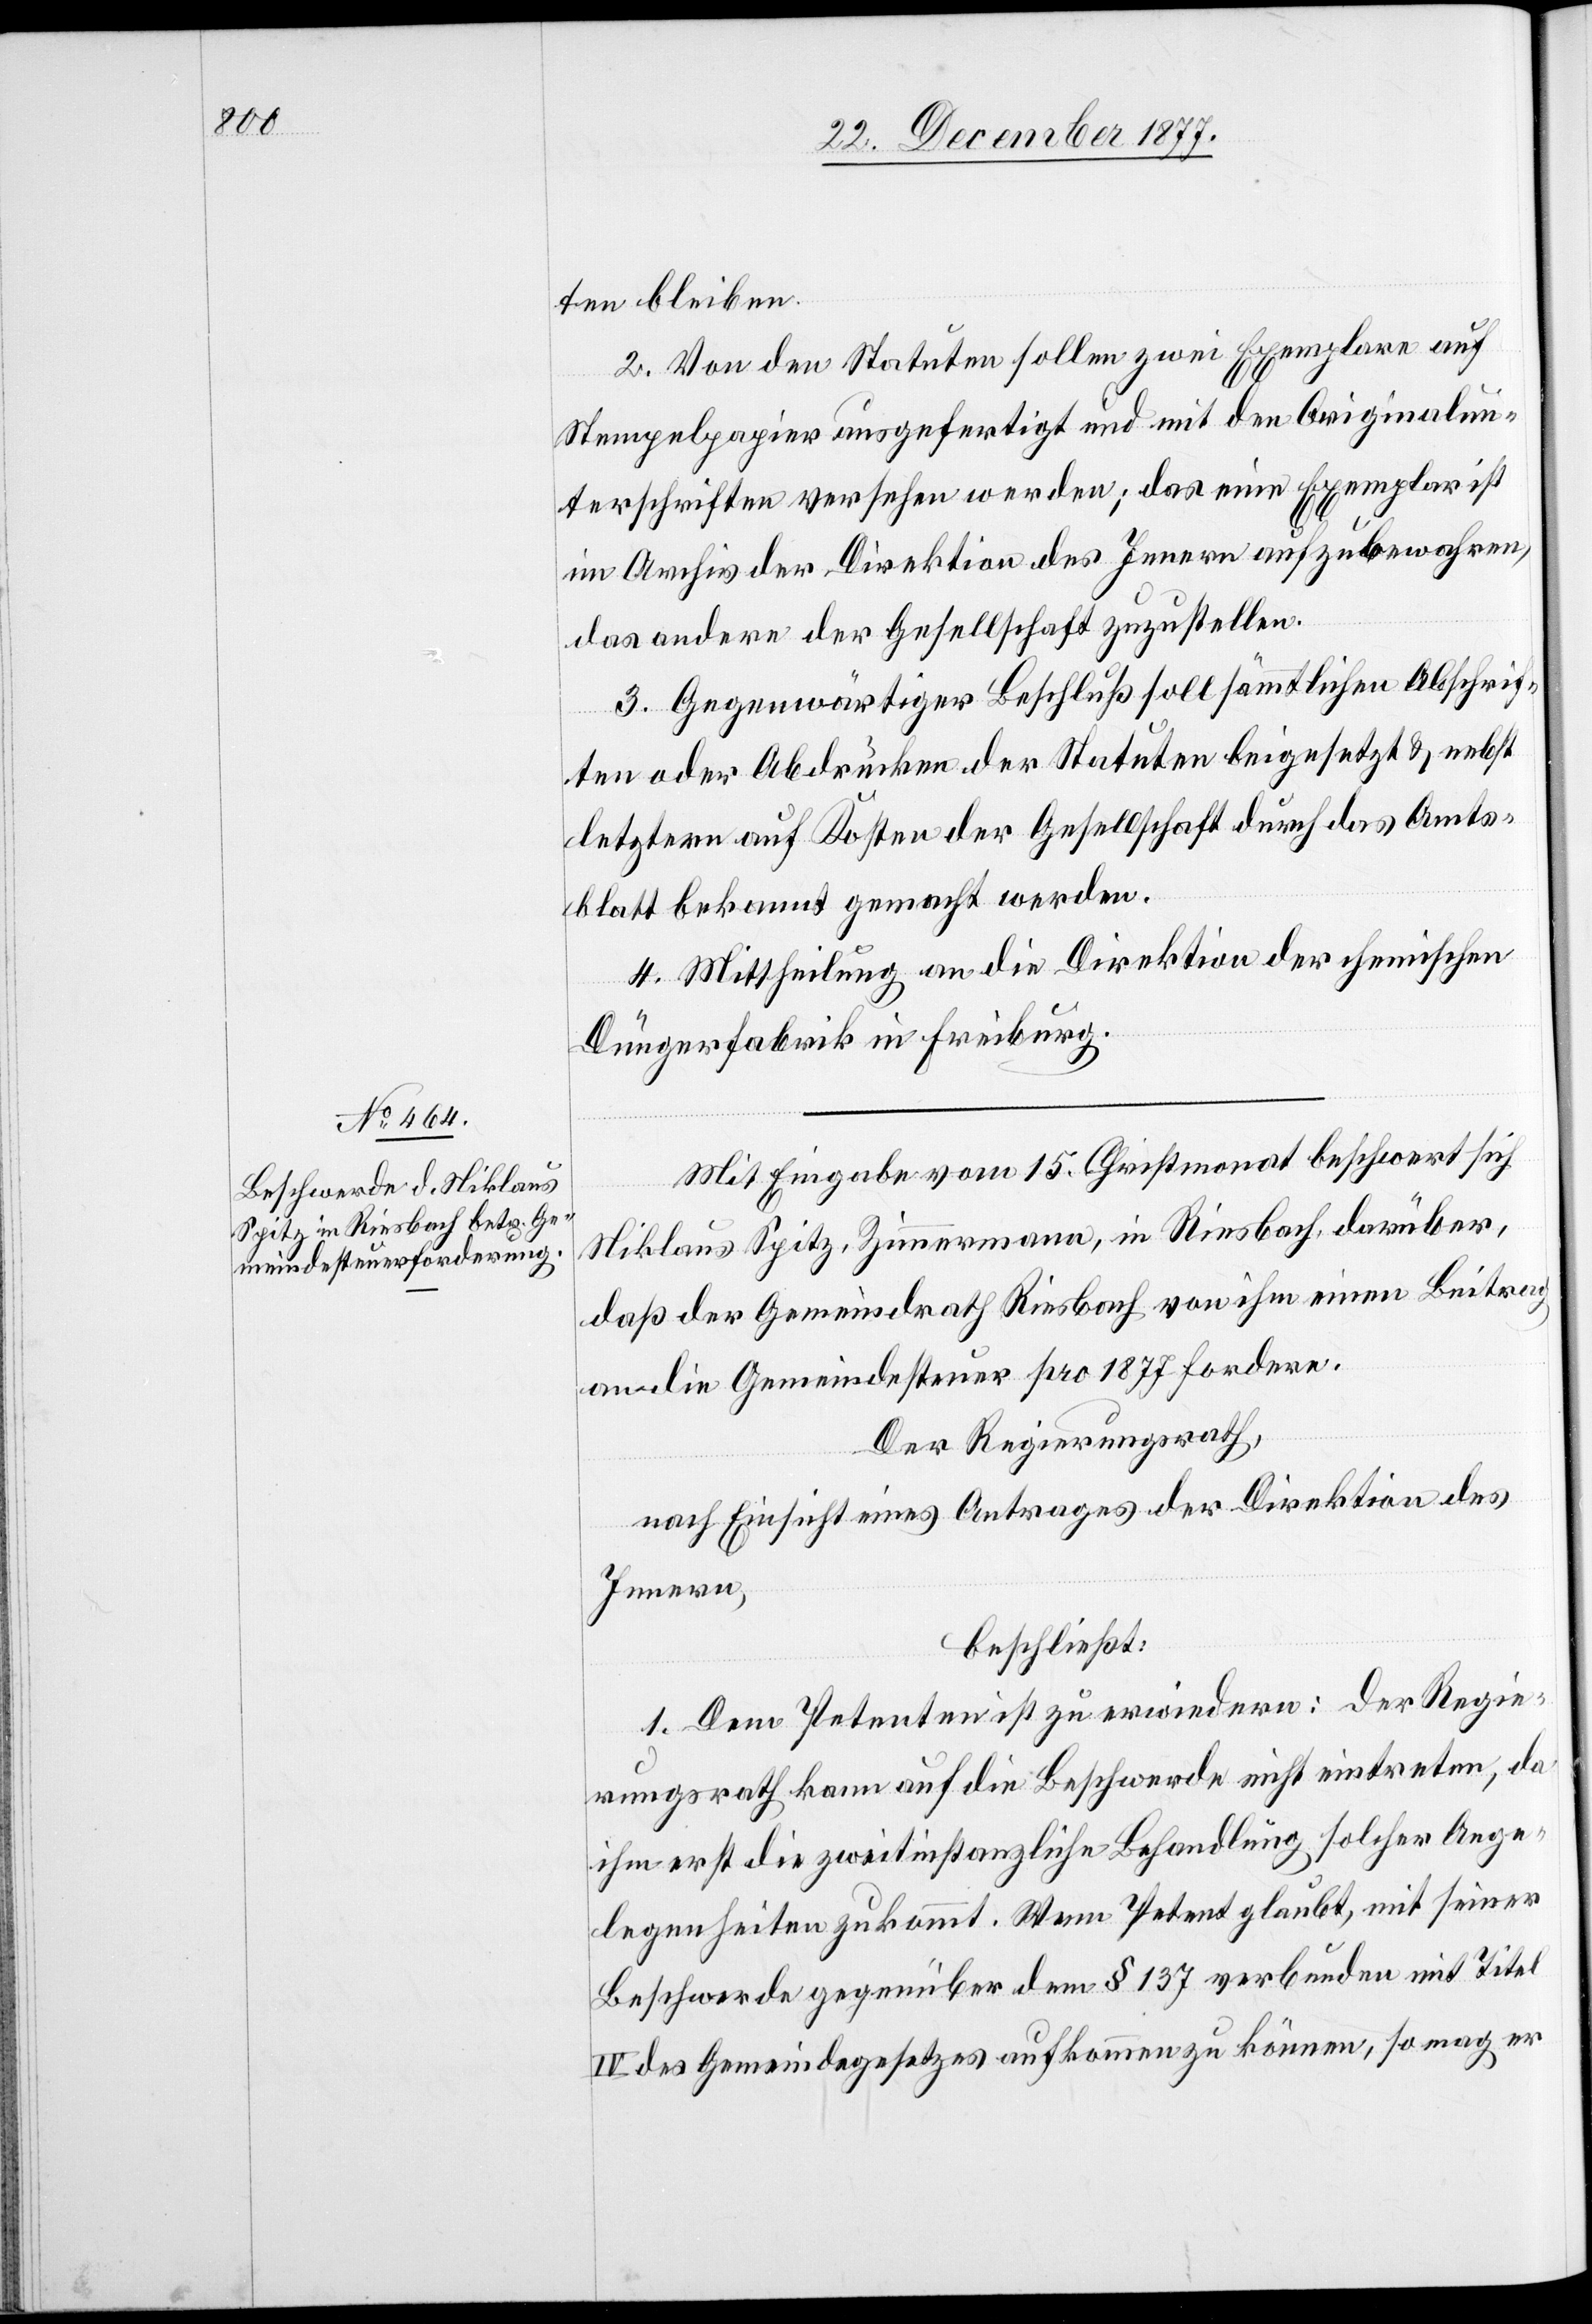
ten bleiben.
2. Von den Statuten sollen zwei Exemplare auf
Stempelpapier ausgefertigt und mit den Originalun¬
terschriften versehen werden; das eine Exemplar ist
im Archiv der Direktion des Innern aufzubewahren,
das andere der Gesellschaft zuzustellen.
3. Gegenwärtiger Beschluß soll sämmtlichen Abschrif¬
ten oder Abdrücken der Statuten beigesetzt & nebst
letztern auf Kosten der Gesellschaft durch das Amts¬
blatt bekannt gemacht werden.
4. Mittheilung an die Direktion der chemischen
Düngerfabrik in Freiburg.
Mit Eingabe vom 15. Christmonat beschwert sich
Niklaus Spitz, Zimmermann, in Riesbach, darüber,
daß der Gemeindrath Riesbach von ihm einen Beitrag
an die Gemeindesteuer pro 1877 fordere.
Der Regierungsrath,
nach Einsicht eines Antrages der Direktion des
Innern,
beschließt:
1. Dem Petenten ist zu erwiedern: der Regie¬
rungsrath kann auf die Beschwerde nicht eintreten, da
ihm erst die zweitinstanzliche Behandlung solcher Ange¬
legenheiten zukommt. Wenn Petent glaubt, mit seiner
Beschwerde gegenüber dem § 137 verbunden mit Titel
IV des Gemeindegesetzes aufkommen zu können, so mag er